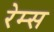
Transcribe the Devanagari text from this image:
रेम्स